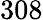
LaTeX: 308